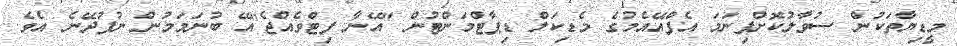
މީޑިޔާތަކުން ސުވާލުކޮށްފިނަމަ އެފްއޭއެމުގެ މެޑިކަލް ޑިޕާޓްމަންޓުން "އޭނާ ފިޓްވެއްޖެ"އޭ ބުނަމަމުން ނުފުދޭނެ އެވެ.